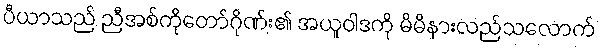
ပီယာသည် ညီအစ်ကိုတော်ဂိုဏ်း၏ အယူဝါဒကို မိမိနားလည်သလောက်